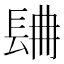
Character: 𨱸